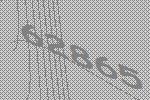
62865